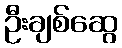
ဦးချစ်ဆွေ